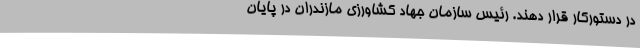
در دستورکار قرار دهند. رئیس سازمان جهاد کشاورزی مازندران در پایان